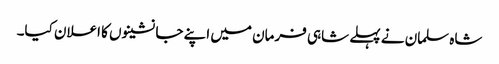
شاہ سلمان نے پہلے شاہی فرمان میں اپنے جانشینوں کا اعلان کیا۔